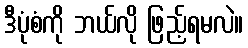
ဒီပုံစံကို ဘယ်လို ဖြည့်ရမလဲ။